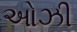
ઓઝી